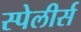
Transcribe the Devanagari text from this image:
स्पेलीर्स